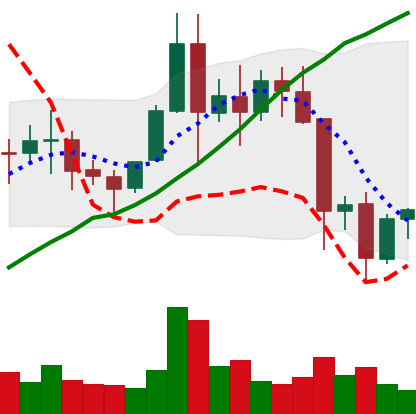
Ticker: EOS-USD
Chart end date: 2021-11-20
Forward return: -4.484%
Label: down_3_5